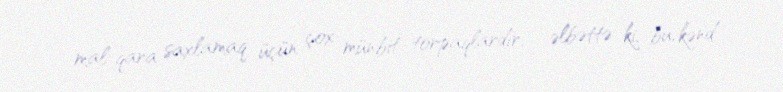
mal-qara saxlamaq üçün çox münbit torpaqlardır, - əlbəttə ki, bu, kənd